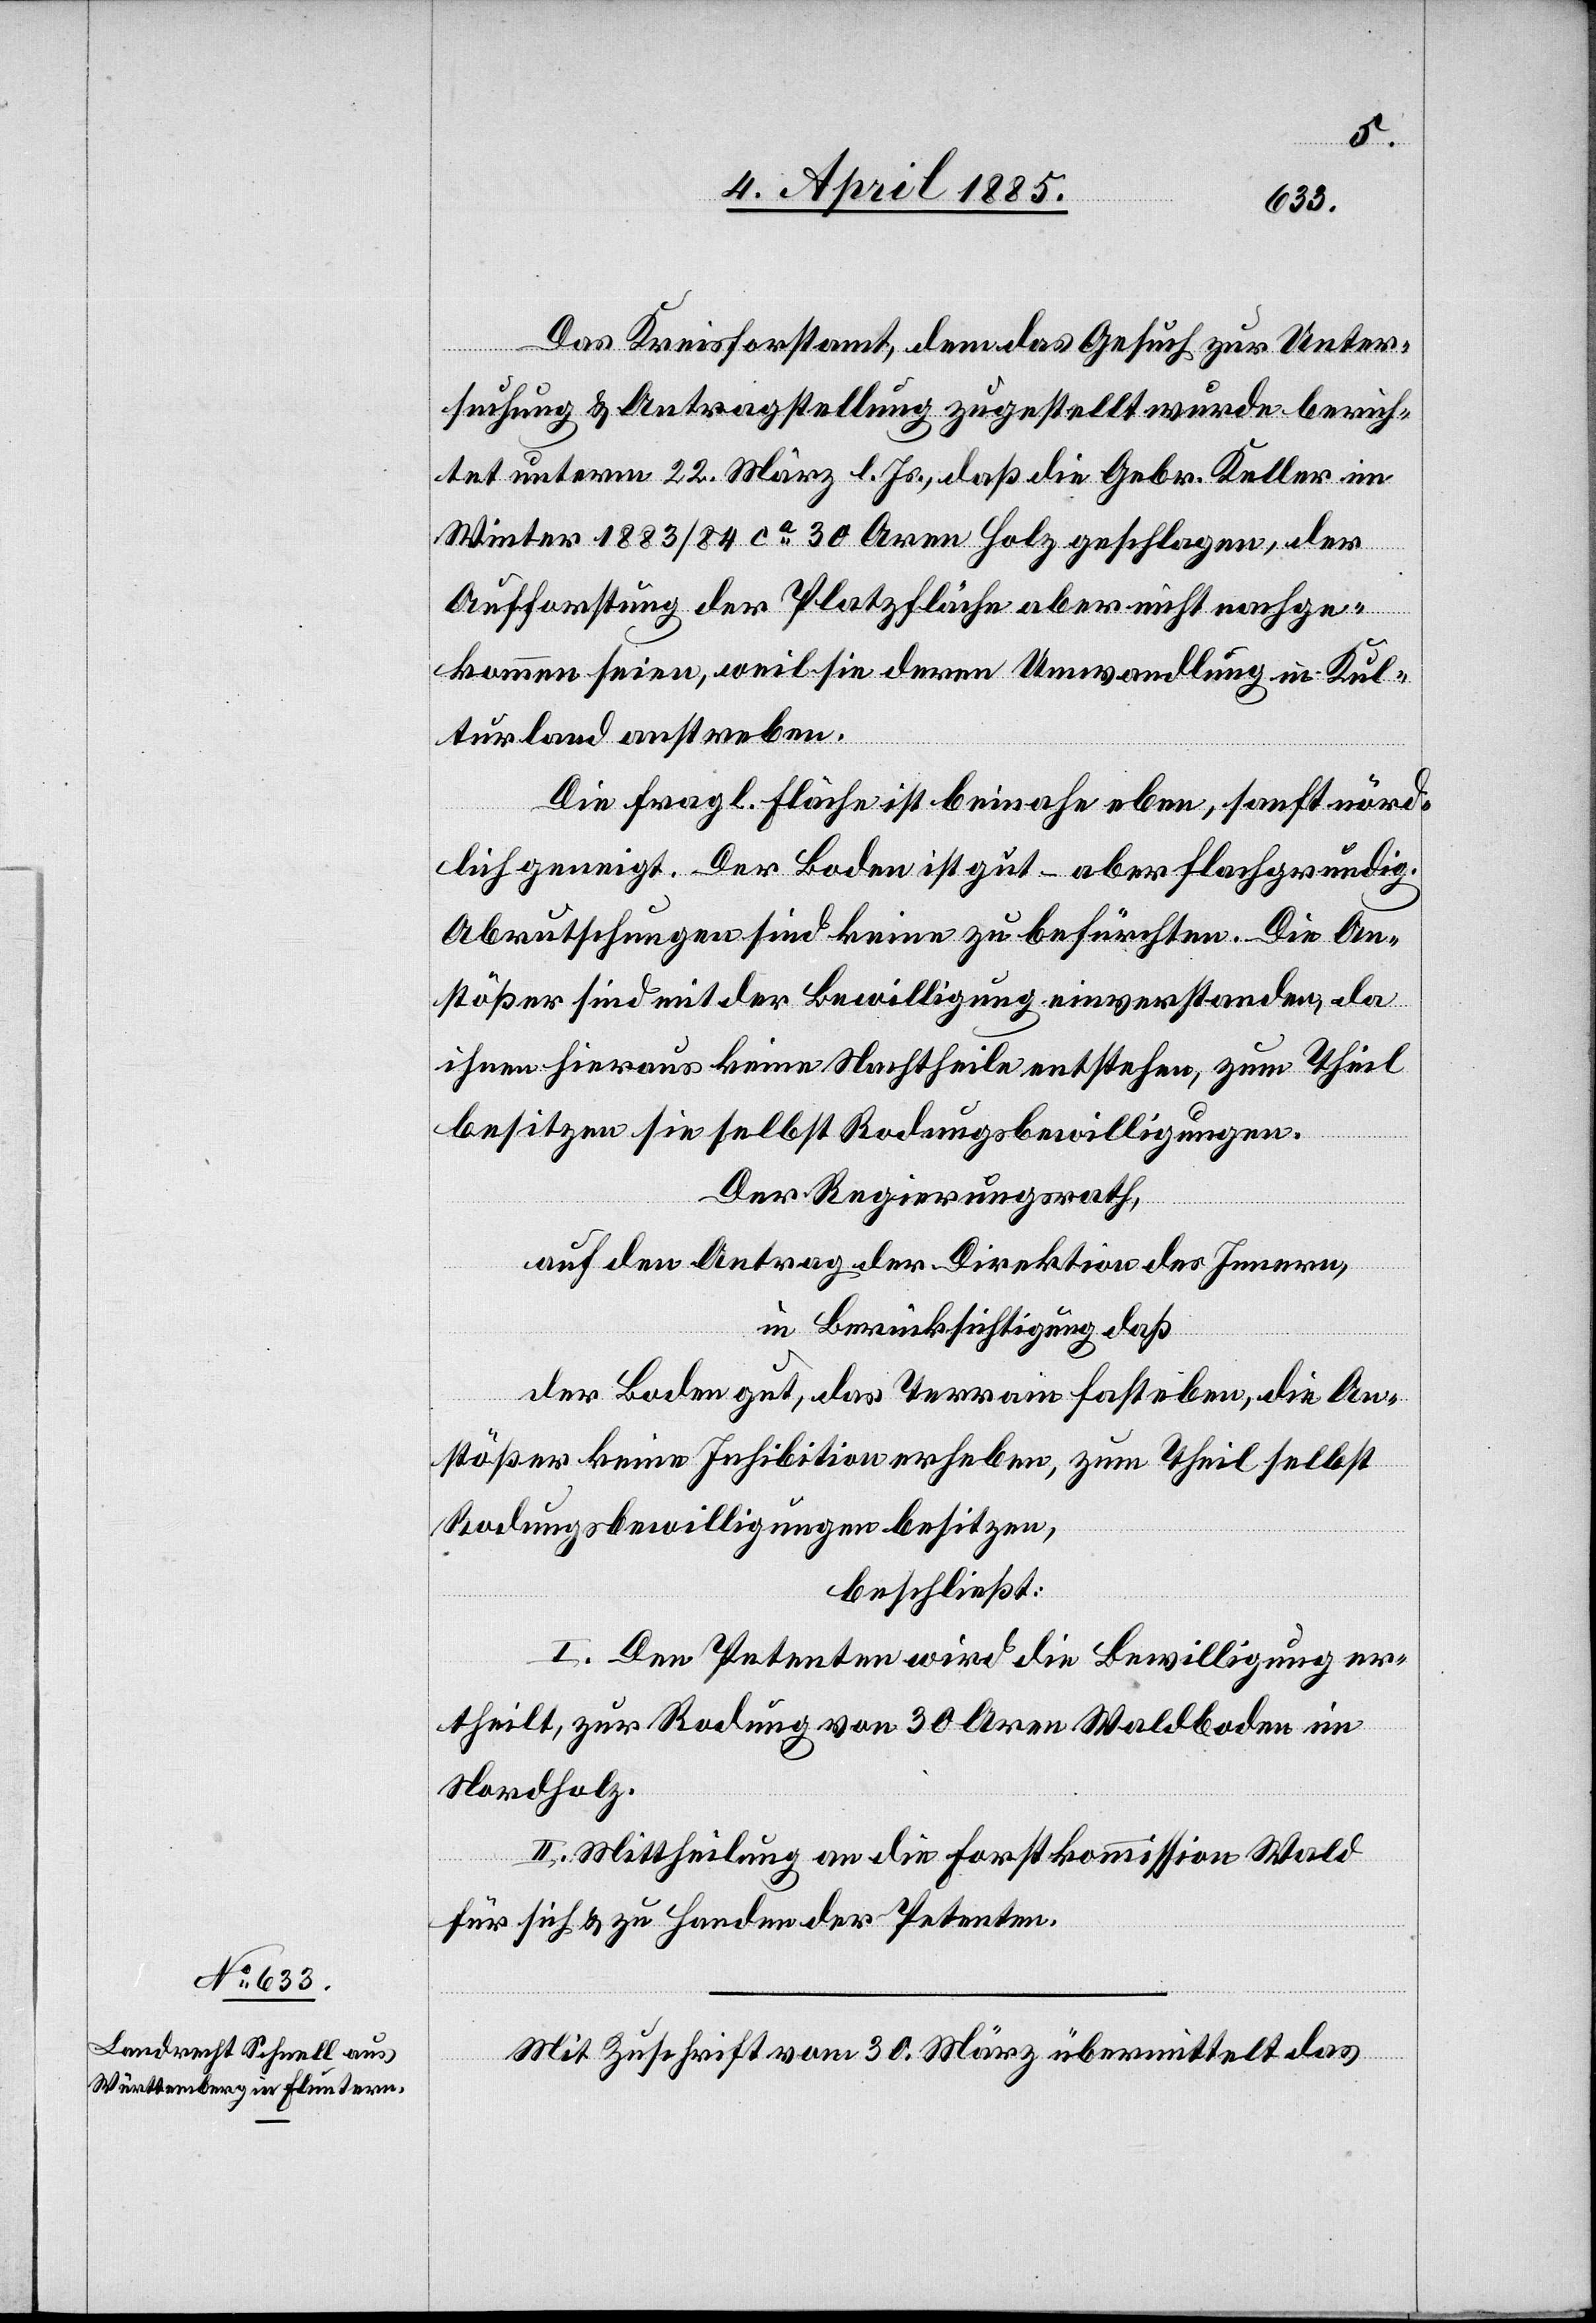
Das Kreisforstamt, dem das Gesuch zur Unter¬
suchung & Antragstellung zugestellt wurde berich¬
tet unterm 22. März l. Js., daß die Gebr. Keller im
Winter 1883/84 ca 30 Aren Holz geschlagen, der
Aufforstung der Platzfläche aber nicht nachge¬
kommen seien, weil sie deren Umwandlung in Kul¬
turland anstreben.
Die fragl. Fläche ist beinahe eben, sonst nörd¬
lich geneigt. Der Boden ist gut – aber flachgründig.
Abrutschungen sind keine zu befürchten. Die An¬
stößer sind mit der Bewilligung einverstanden, da
ihnen hieraus keine Nachtheile entstehen, zum Theil
besitzen sie selbst Rodungsbewilligungen.
Der Regierungsrath,
auf den Antrag der Direktion des Innern,
in Berücksichtigung daß
der Boden gut, das Terrain fast eben, die An¬
stößer keine Inhibition erheben, zum Theil selbst
Rodungsbewilligungen besitzen,
beschließt:
I. Den Petenten wird die Bewilligung er¬
theilt, zur Rodung von 30 Aren Waldboden im
Nordholz.
II. Mittheilung an die Forstkommission Wald
für sich & zu Handen der Petenten.
Mit Zuschrift vom 30. März übermittelt das